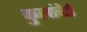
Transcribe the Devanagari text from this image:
कुलांदेई